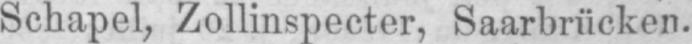
Schapel, Zollinspecter, Saarbrücken.